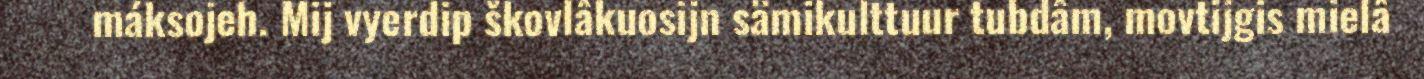
máksojeh. Mij vyerdip škovlâkuosijn sämikulttuur tubdâm, movtijgis mielâ